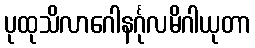
ပုထုသိလာဂေါနင်္ဂုလမိဂါယုတာ